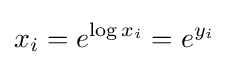
x_{i}=e^{\operatorname {log} x_{i}}=e^{y_{i}}